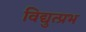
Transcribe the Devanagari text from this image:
विद्युत्प्रभ